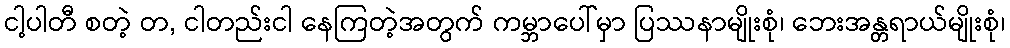
ငါ့ပါတီ စတဲ့ တ, ငါတည်းငါ နေကြတဲ့အတွက် ကမ္ဘာပေါ်မှာ ပြဿနာမျိုးစုံ၊ ဘေးအန္တရာယ်မျိုးစုံ၊